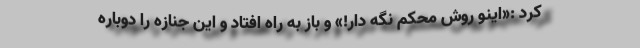
کرد :«اینو روش محکم نگه دار!» و باز به راه افتاد و این جنازه را دوباره